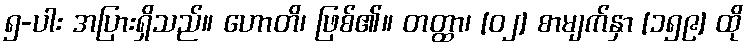
၅-ပါး အပြားရှိသည်။ ဟောတိ၊ ဖြစ်၏။ တတ္ထာ၊ [၀၂] စာမျက်နှာ [၁၅၉] ထို